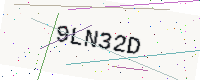
Text: 9LN32D